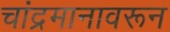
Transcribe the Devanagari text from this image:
चांद्रमानावरून